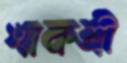
খাকশ্রী